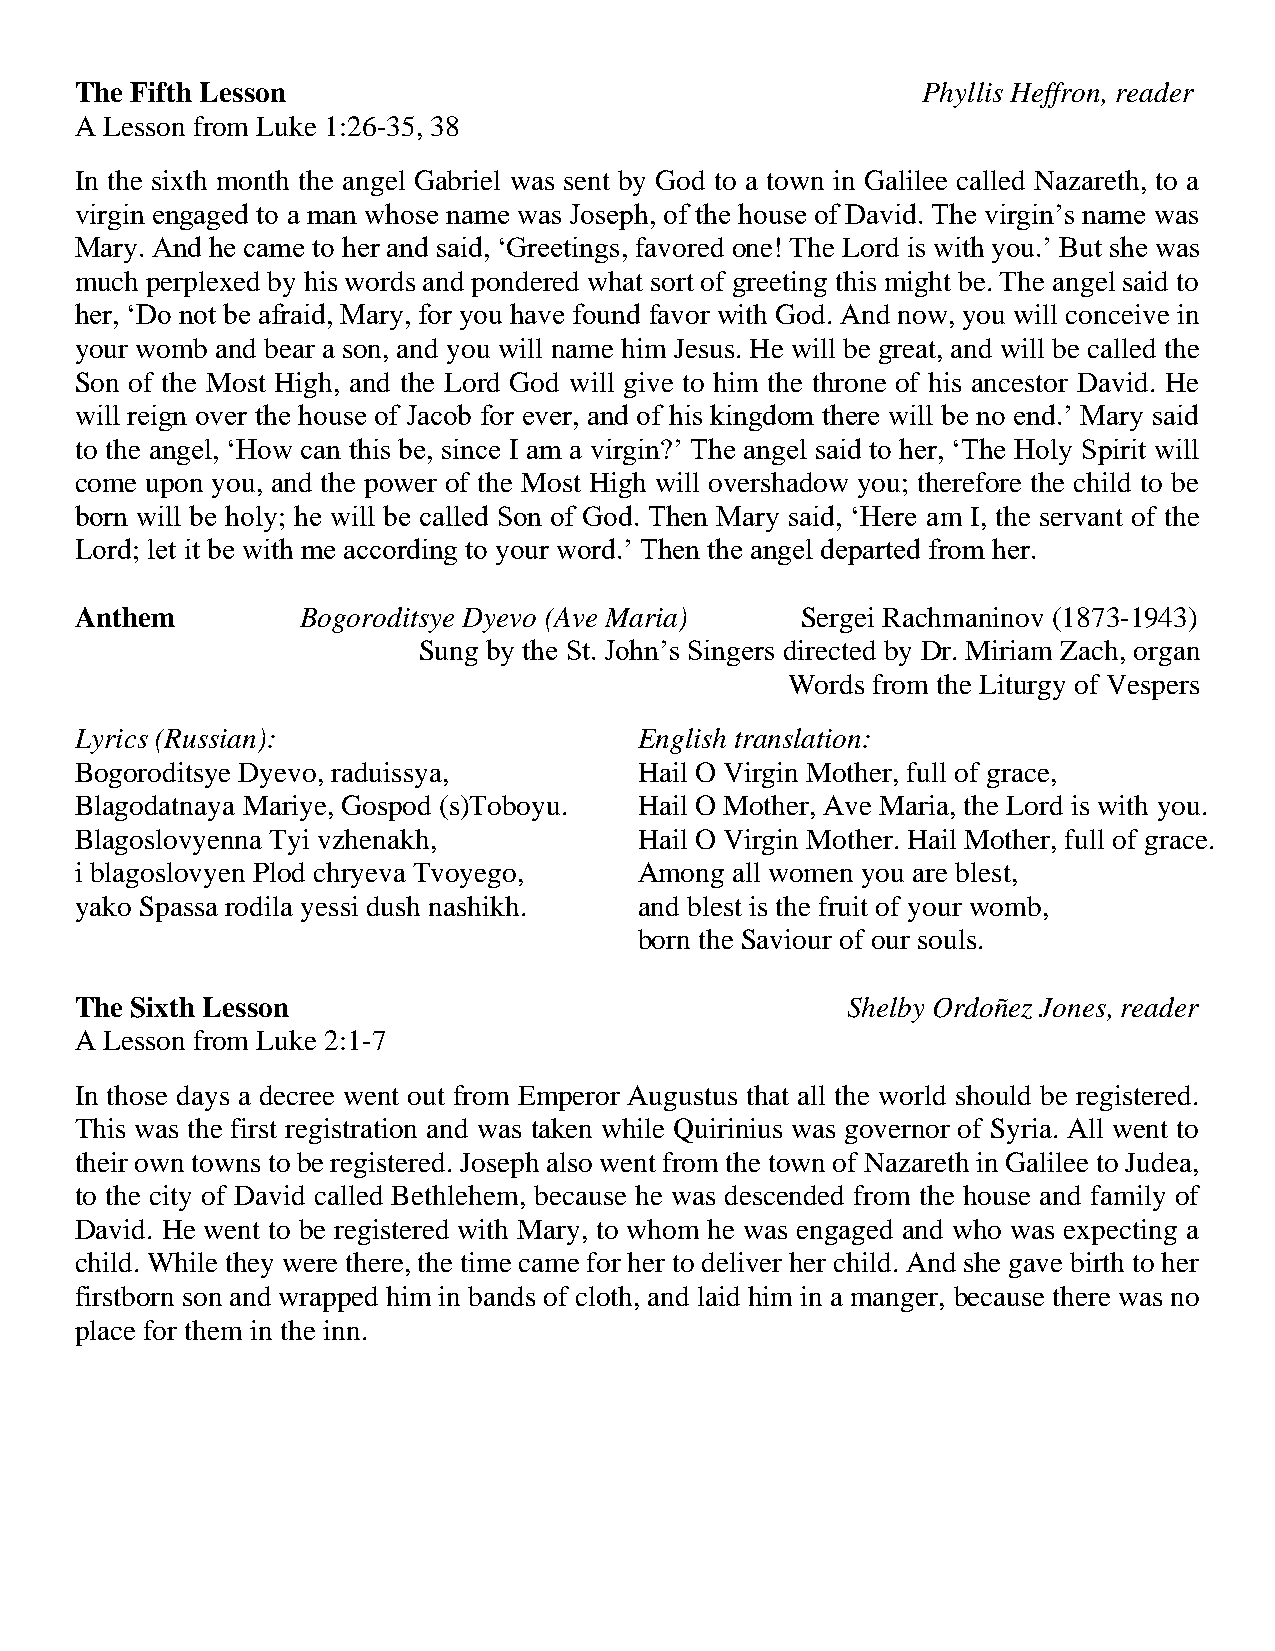
The Fifth Lesson                                        Phyllis Heffron, reader
 A Lesson from Luke 1:26-35, 38
 In the sixth month the angel Gabriel was sent by God to a town in Galilee called Nazareth, to a
 virgin engaged to a man whose name was Joseph, of the house of David. The virgin’s name was
 Mary. And he came to her and said, ‘Greetings, favored one! The Lord is with you.’ But she was
 much perplexed by his words and pondered what sort of greeting this might be. The angel said to
 her, ‘Do not be afraid, Mary, for you have found favor with God. And now, you will conceive in
 your womb and bear a son, and you will name him Jesus. He will be great, and will be called the
 Son of the Most High, and the Lord God will give to him the throne of his ancestor David. He
 will reign over the house of Jacob for ever, and of his kingdom there will be no end.’ Mary said
 to the angel, ‘How can this be, since I am a virgin?’ The angel said to her, ‘The Holy Spirit will
 come upon you, and the power of the Most High will overshadow you; therefore the child to be
 born will be holy; he will be called Son of God. Then Mary said, ‘Here am I, the servant of the
 Lord; let it be with me according to your word.’ Then the angel departed from her.
 Anthem         Bogoroditsye Dyevo (Ave Maria)   Sergei Rachmaninov (1873-1943)
 Sung by the St. John’s Singers directed by Dr. Miriam Zach, organ
 Words from the Liturgy of Vespers
 Lyrics (Russian):                    English translation:
 Bogoroditsye Dyevo, raduissya,       Hail O Virgin Mother, full of grace,
 Blagodatnaya Mariye, Gospod (s)Toboyu. Hail O Mother, Ave Maria, the Lord is with you.
 Blagoslovyenna Tyi vzhenakh,         Hail O Virgin Mother. Hail Mother, full of grace.
 i blagoslovyen Plod chryeva Tvoyego, Among  all women you are blest,
 yako Spassa rodila yessi dush nashikh. and blest is the fruit of your womb,
 born the Saviour of our souls.
 The Sixth Lesson                                   Shelby Ordoñez Jones, reader
 A Lesson from Luke 2:1-7
 In those days a decree went out from Emperor Augustus that all the world should be registered.
 This was the first registration and was taken while Quirinius was governor of Syria. All went to
 their own towns to be registered. Joseph also went from the town of Nazareth in Galilee to Judea,
 to the city of David called Bethlehem, because he was descended from the house and family of
 David. He went to be registered with Mary, to whom he was engaged and who was expecting a
 child. While they were there, the time came for her to deliver her child. And she gave birth to her
 firstborn son and wrapped him in bands of cloth, and laid him in a manger, because there was no
 place for them in the inn.